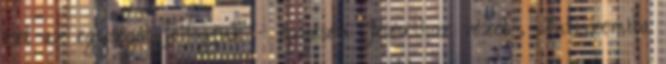
ezt az egységét felfogjuk – egyesen Jézushoz vezet”. Antiszemita